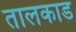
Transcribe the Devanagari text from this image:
तालकाड